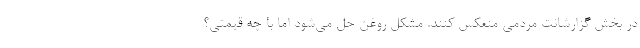
در بخش گزارشانت مردمی منعکس کنند. مشکل روغن حل می‌شود اما با چه قیمتی؟